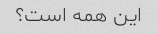
این همه است؟